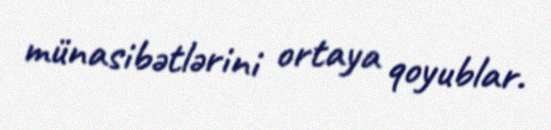
münasibətlərini ortaya qoyublar.